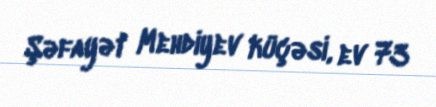
Şəfayət Mehdiyev küçəsi, ev 73